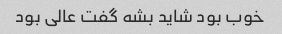
خوب بود شاید بشه گفت عالی بود